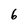
Character: 6